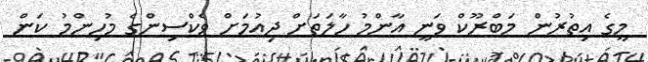
މީގެ އިތުރުން މަބްރޫކް ވަނީ އާންމު ހާލަތަށް ދިއުމަށް ވެކްސިންގެ މުހިންމު ކަން